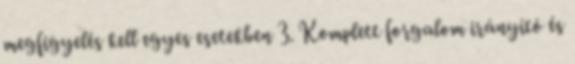
megfigyelés kell egyes esetekben 3. Komplett forgalom irányító és